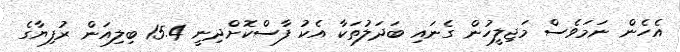
އެހެން ނަމަވެސް މަޖިލީހުން ގެނައި ބަދަލުތަކާ އެކު ފާސްކޮށްދިނީ 15.4 ބިލިއަން ރުފިޔާގެ